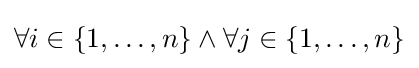
\forall i\in \{1,\ldots ,n\}\wedge \forall j\in \{1,\ldots ,n\}